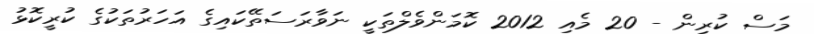
މަސް ކުރިން - 20 މެއި 2012 ކޮމަންވެލްތަކީ ނަވާރަސަތޭކައިގެ އަހަރުތަކުގެ ކުރީކޮޅު